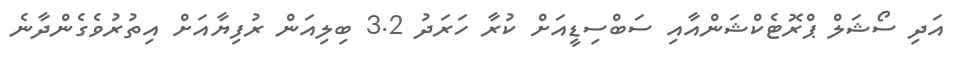
އަދި ސޯޝަލް ޕްރޮޓެކްޝަންއާއި ސަބްސިޑީއަށް ކުރާ ހަރަދު 3.2 ބިލިއަން ރުފިޔާއަށް އިތުރުވެގެންދާނެ